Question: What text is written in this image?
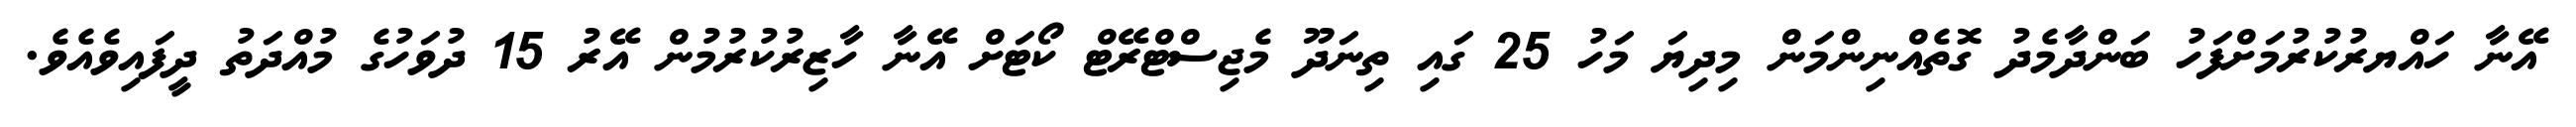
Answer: އޭނާ ހައްޔރުކުރުމަށްފަހު ބަންދާމެދު ގޮތެއްނިންމަން މިދިޔަ މަހު 25 ގައި ތިނަދޫ މެޖިސްޓްރޭޓް ކޯޓަށް އޭނާ ހާޒިރުކުރުމުން އޭރު 15 ދުވަހުގެ މުއްދަތު ދީފައިވެއެވެ.